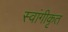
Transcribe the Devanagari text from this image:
स्वांगीकृत